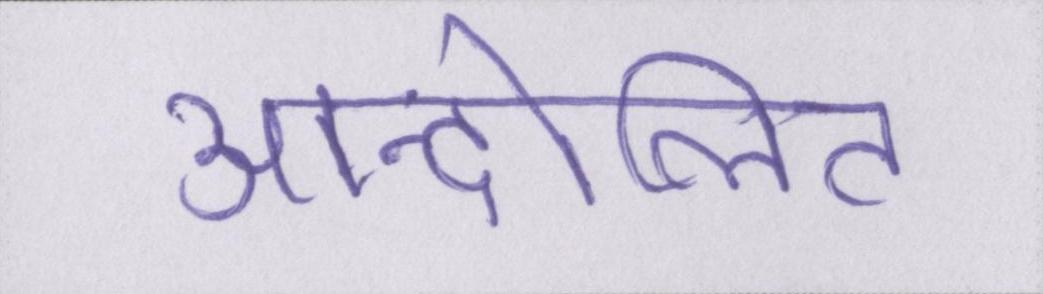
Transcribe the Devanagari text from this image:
आन्दोलित